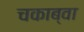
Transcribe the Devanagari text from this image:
चकाब्वा